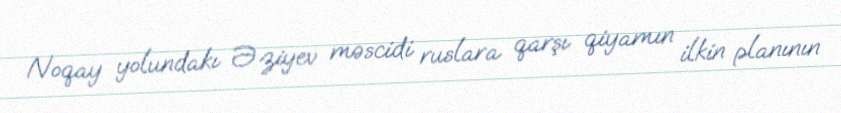
Noqay yolundakı Əziyev məscidi ruslara qarşı qiyamın ilkin planının